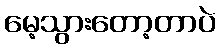
မေ့သွားတော့တာပဲ